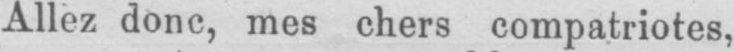
Allez donc, mes chers compatriotes,